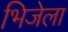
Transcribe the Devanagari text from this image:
भिजेला